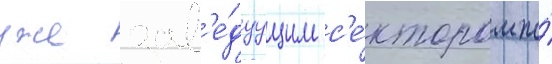
уже зав'е́дуущим с'е́ктором по́